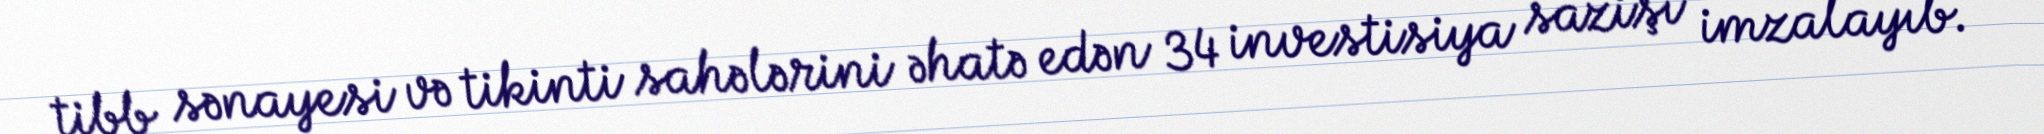
tibb sənayesi və tikinti sahələrini əhatə edən 34 investisiya sazişi imzalayıb.